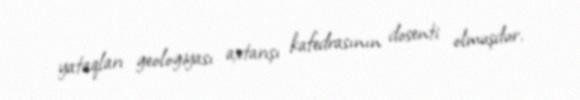
yataqları geologiyası axtarışı kafedrasının dosenti olmuşdur.